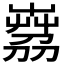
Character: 𦴘